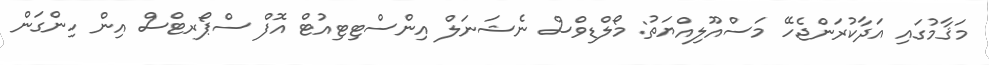
މަޤާމުގައި އަދާކުރަންޖެހޭ މަސްއޫލިއްޔަތު: މޯލްޑިވްސް ނެޝަނަލް އިންސްޓިޓިއުޓް އޮފް ސްޕޯރޓްސް އިން ހިންގަން